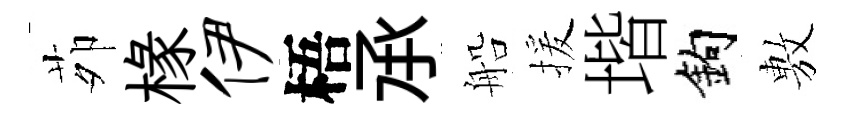
茆椽伊梧𠄘船援堦鈎𢾾